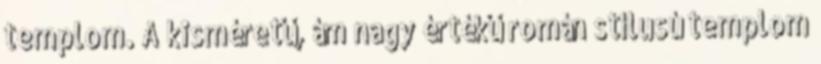
templom. A kisméretű, ám nagy értékű román stílusú templom